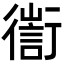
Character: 𢖅